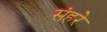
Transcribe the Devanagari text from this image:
संहरे